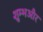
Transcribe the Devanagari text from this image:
शुम्भऔर